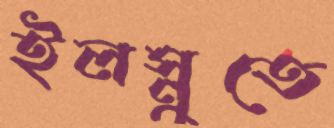
ইলস্নুতে